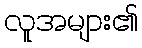
လူအများ၏